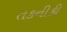
તકનીકી